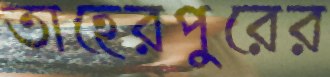
তাহেরপুরের